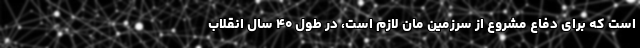
است که برای دفاع مشروع از سرزمین‌ مان لازم است، در طول ۴۰ سال انقلاب